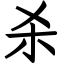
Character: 杀